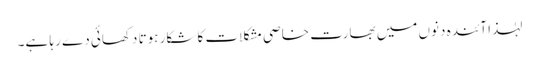
لہٰذا آئندہ دنوں میں بھارت خاصی مشکلات کا شکار ہوتا دکھائی دے رہا ہے۔